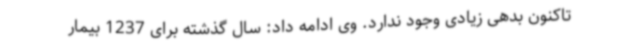
تاکنون بدهی زیادی وجود ندارد. وی ادامه داد: سال گذشته برای 1237 بیمار